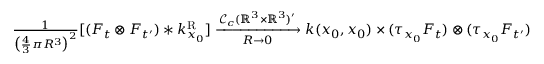
\begin{array} { r } { \frac { 1 } { \big ( \frac { 4 } { 3 } \pi R ^ { 3 } \big ) ^ { 2 } } [ ( F _ { t } \otimes F _ { t ^ { \prime } } ) * k _ { x _ { 0 } } ^ { \mathrm { R } } ] \xrightarrow [ R \rightarrow 0 ] { \mathcal { C } _ { c } ( \mathbb { R } ^ { 3 } \times \mathbb { R } ^ { 3 } ) ^ { \prime } } k ( x _ { 0 } , x _ { 0 } ) \times ( \tau _ { x _ { 0 } } F _ { t } ) \otimes ( \tau _ { x _ { 0 } } F _ { t ^ { \prime } } ) } \end{array}